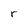
Character: r